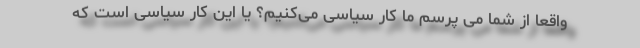
واقعا از شما می پرسم ما کار سیاسی می‌کنیم؟ یا این کار سیاسی است که